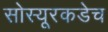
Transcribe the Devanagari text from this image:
सोस्यूरकडेच